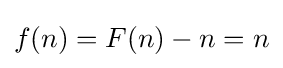
f(n)=F(n)-n=n